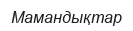
Mамандықтар